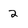
Character: 2